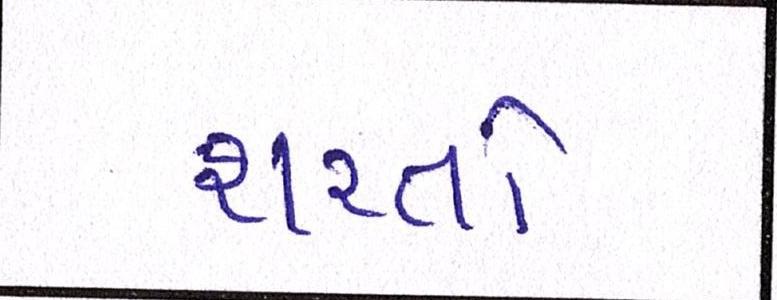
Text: શરતો